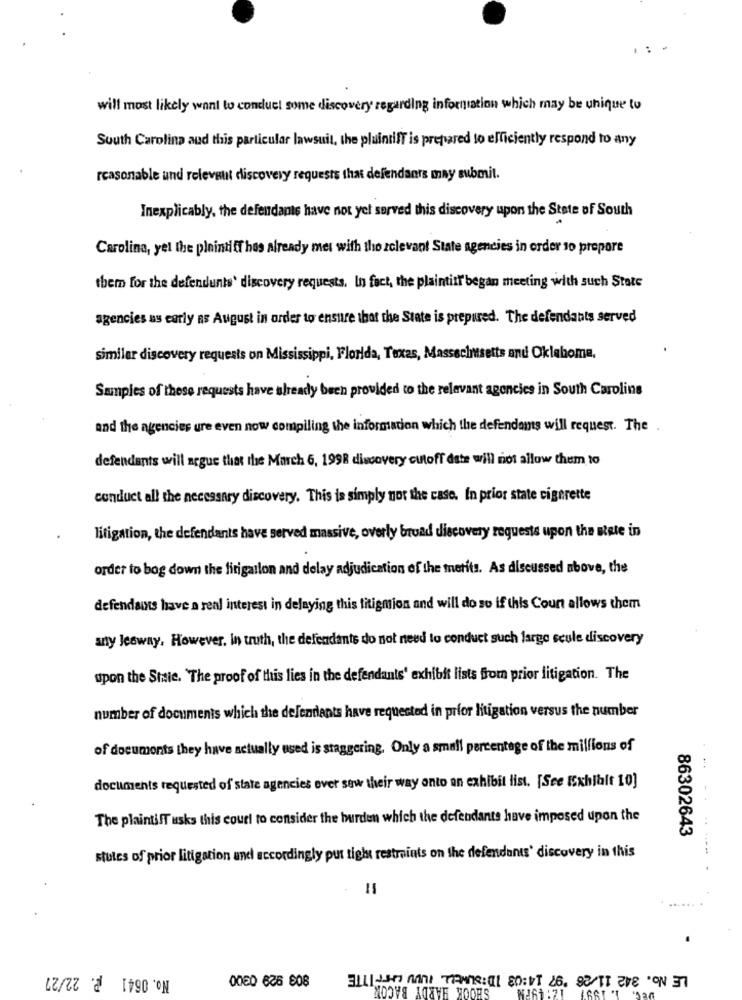
will most likely want to conduct some discovery regarding information which may be unique to
South Carolina aud this particular lawsuit, the pluintiff is prepared to efficiently respond to any
reasonable und relevant discovery requests that defendants may submit.
Inexplicably, the defendants have not yet served this discovery upon the State of South
Carolina, yel the plaintiff hos already mes with tho zclevant State agencies in order to prepare
them for the defendunts' discovery requests. In fact, the plaintiff began meeting with such State
agencies us early as August in order to ensure that the State is prepared. The defendants served
similar discovery requests on Mississippi, Florida, Texas, Massachusetts and Oklahoma.
Samples of these requests have already been provided to the relevant agencies in South Carolina
and the agencies ure even now compiling the information which the defendams will request. The .
defendants will argue that the March 6, 1998 discovery cutoff date will not allow them to
conduct all the necessary discovery. This is simply not the case. In prior state cigarette
litigation, the defendants have served massive, overly broad discovery requests upon the state in
order to bog down the fitigallon and delay adjudication of the merits. As discussed above, the
defendains have a real interest in delaying this titigmion and will do so if this Count allows them
anty Jesway. However, in truth, the defendants do not need to conduct such large scule discovery
upon the Staie. The proof of this lies in the defendants' exhibit lists from prior litigation. The
number of documents which the defendants have requested in prfor litigation versus the number
of documents they have actually used is staggering. Only a small percentage of the millions of
documents requested of state agencies over saw their way onto an exhibit list. [Sce Exhibit 10]
The plaintiff asks this court to consider the burden which the defendants have imposed upon the
86302643
stules of prior litigation and accordingly put tight restraints on the defendants' discovery in this
No. 0641 ₽. 22/27
LE No. 342 11/26 97 14:03 ID:SUMELL FOOD LAFFITTE
SHOOK HARDY BACON
0060 636 808
N261 :21